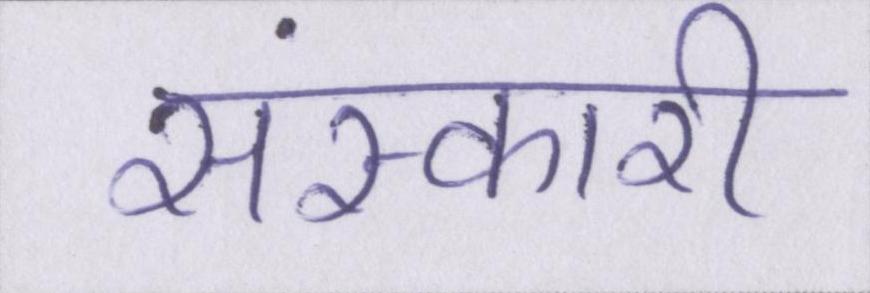
संस्कारी